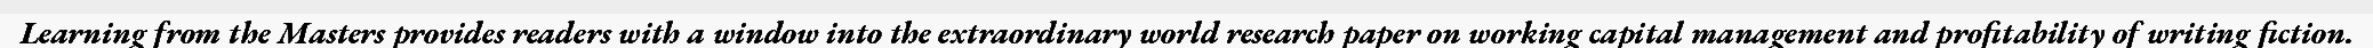
Learning from the Masters provides readers with a window into the extraordinary world research paper on working capital management and profitability of writing fiction.